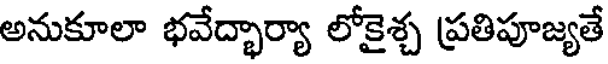
అనుకూలా భవేద్భార్యా లోకైశ్చ ప్రతిపూజ్యతే